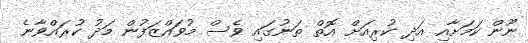
ނޫން ކަމަށާއި އަދި ކުރިއަށް އޮތް ތަނުގައި ވެސް މުވައްޒަފުން މަދު ކުރައްވާނެ